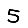
Digit: 5